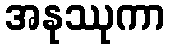
အနုဿုကာ